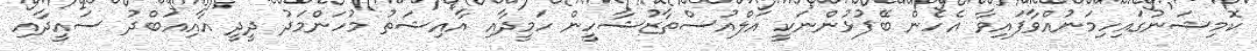
ކޮމިޝަނުގައިހިމަނުއްވާފައިވާ އެހެން ބޭފުޅުންނަކީ އަލްއުސްތާޒުޝާހީން ހަމީދާއި އާއިޝަތު މުހަންމަދު ދީދީ އާއިއަބްދު ސައީދާއި